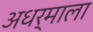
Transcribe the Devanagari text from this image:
अधर्माला